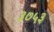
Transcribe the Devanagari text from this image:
३७५३